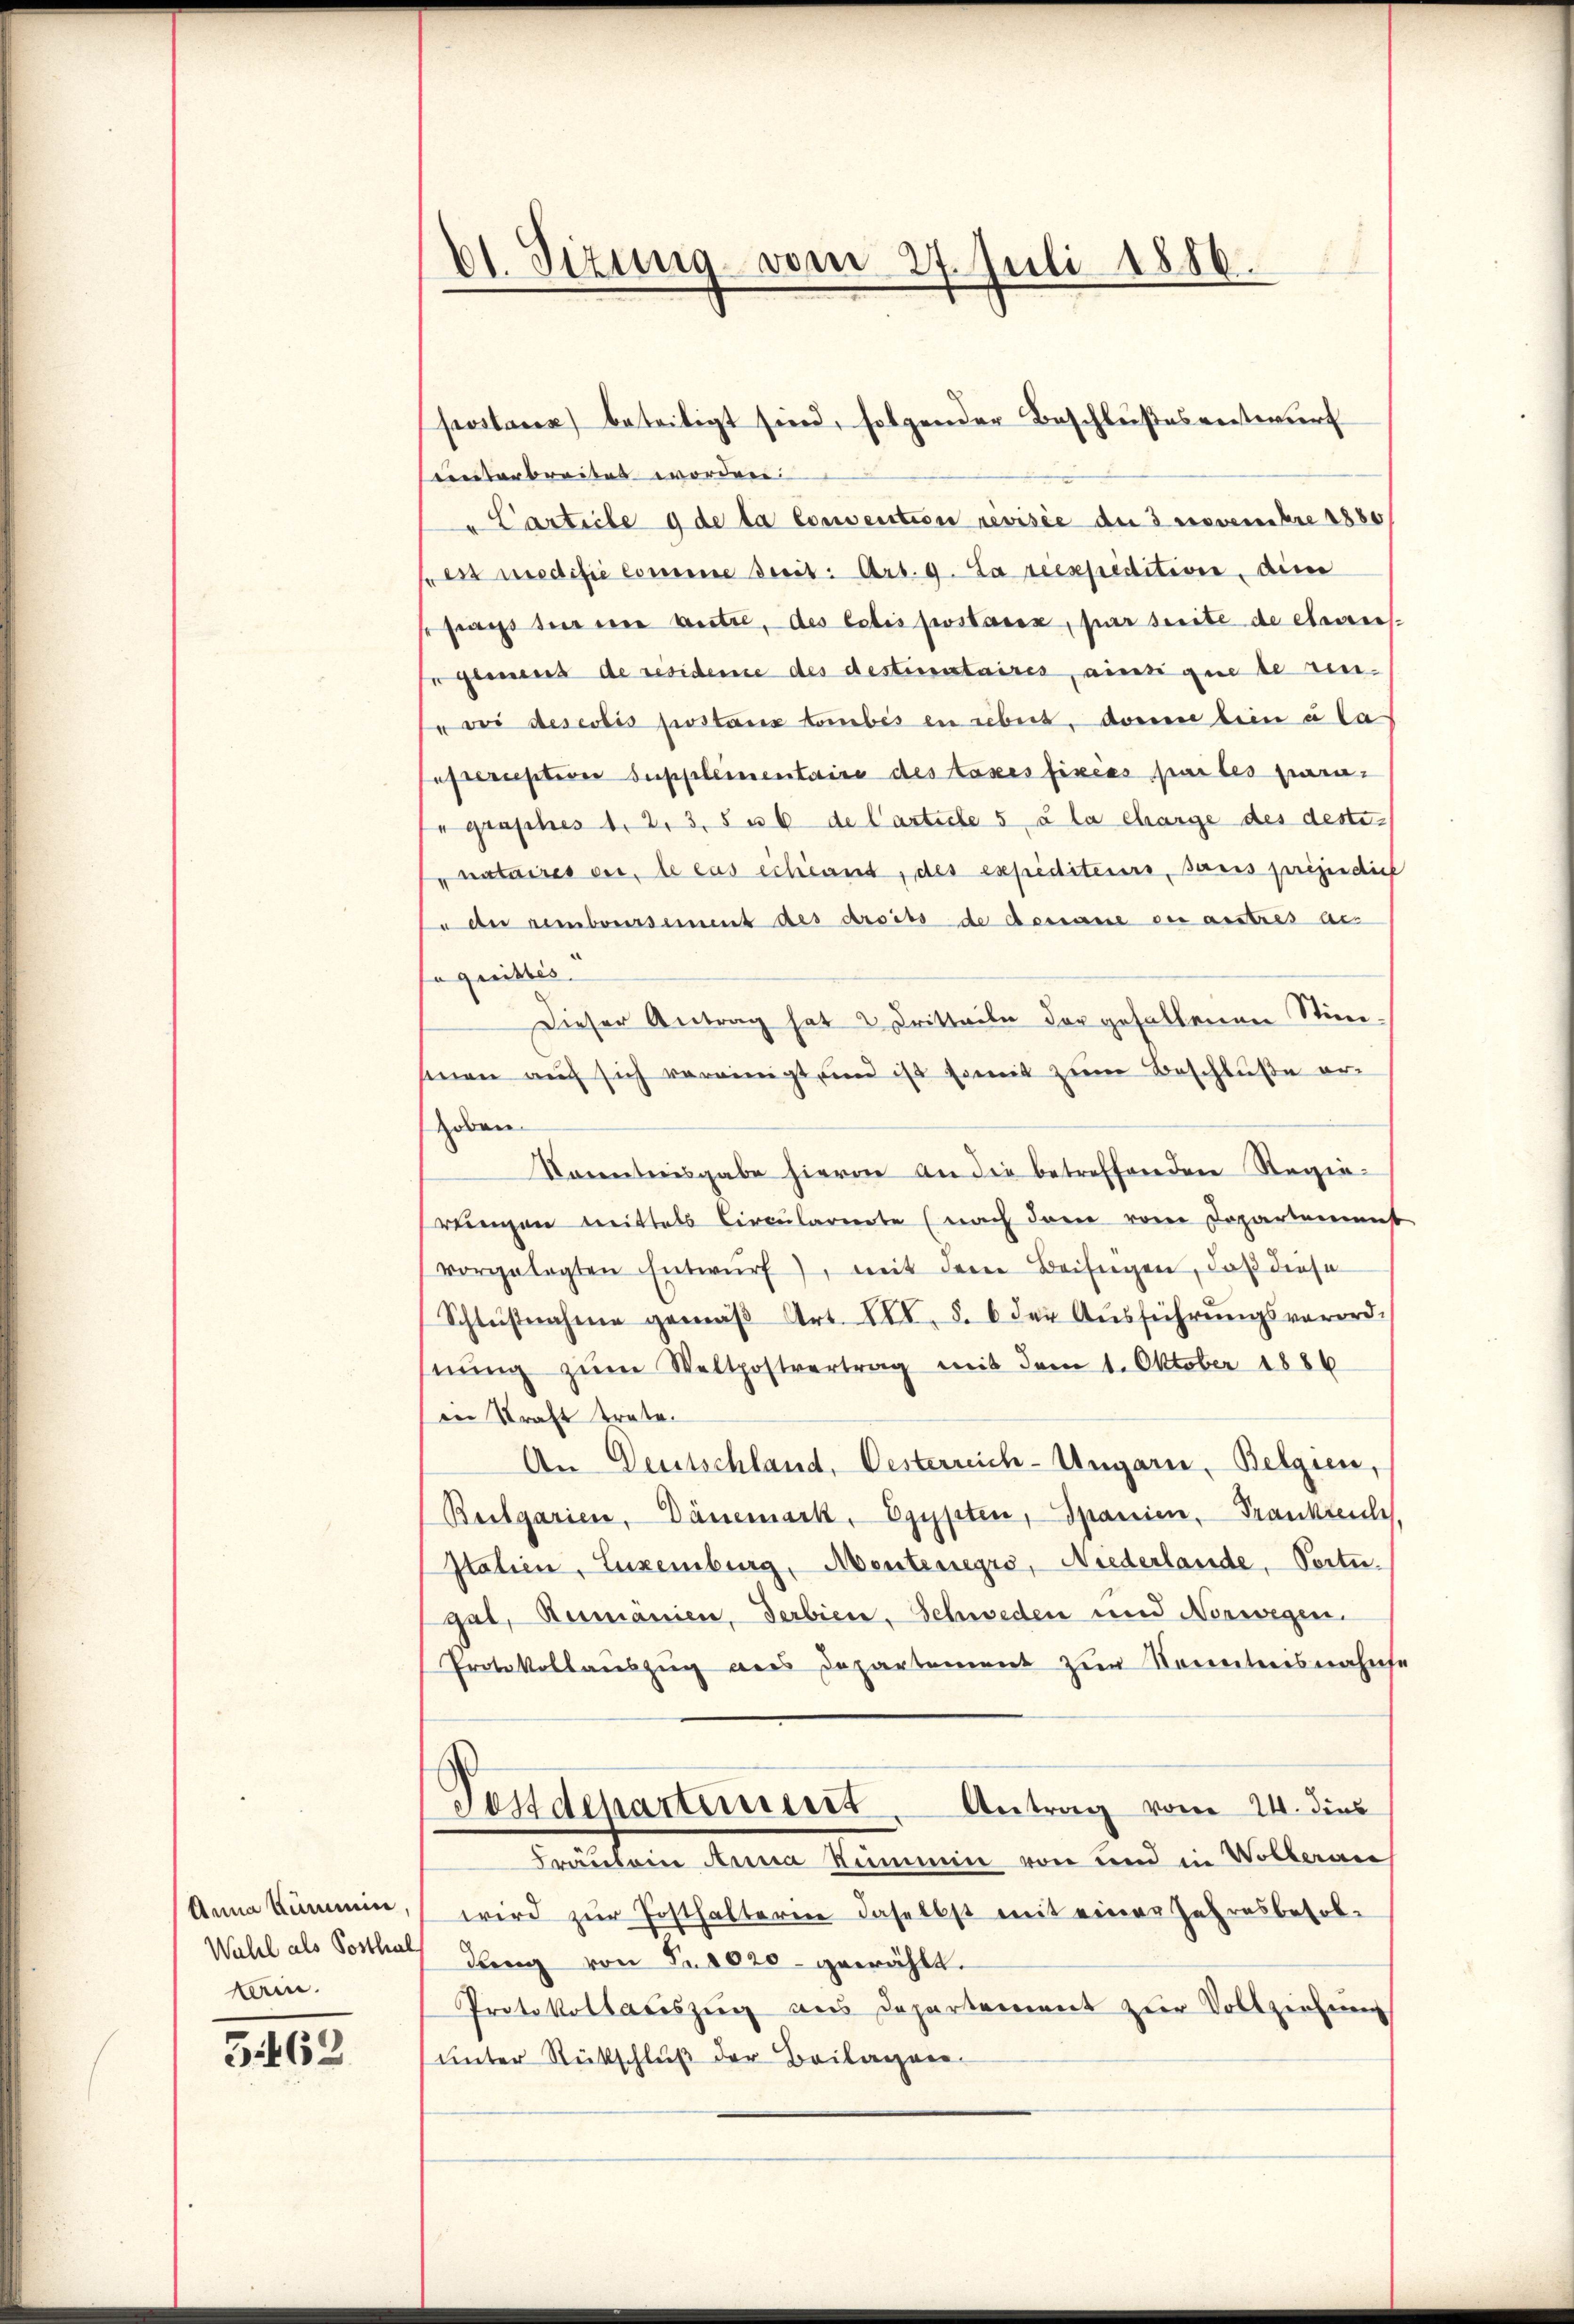
Anna Kümmin,
Wahel als Posthal
lain.

3462

d1. Sizung vom 27. Juli 1886.

einterbreites worden.
" Carticle 9 de la convention revisie du 3 novembre 1880
ess modifie Comene Breit: Art. 9. La rexpedition, die
frags der eine autre, des lotis postanz, par seite de etweis¬
Er genaus de resideme des destientaires, ainsi que de ren¬
" bei desertis postanz tombés en rebers, dann bein u la
escription Supplementaire des taxes fixias partes para¬
"graphes 1. 2. 3, 5 u 6 de l’article 5 à la charge des destinataires vor, le cas échéant, des expediteur, sans préjudich
 der remboursement des droits de dessance der austres ans
Jaquittés.
Dieser Antrag hat 2 Dritteile der gefallenen Stim-
sinen auch sich vereinigt, und ist somit zŭm Beschluße er-
Hoben
Kenntnisgabe hievon an die betreffenden Regiereingen mittels Circularerte (nach den vom Departement
vorgelegten Entwŭrf), mit dem Beifügen, daß diese
Schlŭβnahme gemäβ Art. XII. §. 6 der Aŭsführŭngsverord-
nŭng zŭm Weltpostvertrag mit dem 1. Oktober 1886
in Kraft träte.
An Deutschland, Oesterreich-Ungarn, Belgien,
Beilgarien, Dänemark, Egypten, Spanien, Frankreich
Italien, Euxenburg, Mentenregro, Niederlande, Porte.
gal, Rumanien, Serbien. Schweden und Norwegen.
Protokollauszug aus Departement zur Kenntensnahmse
Pestdepartiniert. Antrag vom 24. dies
Fräulein Anna Stimmen von und in Wolleran
wird zŭr Posthalteren daselbst mit einer Jahresbesol¬
Lang von Fr. 8020- gewählt.
Protokollauszug aus Departement zur Vollziehung
unter Rückschluß der Beilagen

postanz beseitigt sind, folgender Beschlußesentwurf